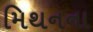
મિથનના